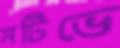
মটিভে